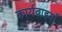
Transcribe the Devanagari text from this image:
कार्यवाइयाँ